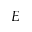
E